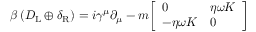
\beta \left( D _ { \mathrm { { L } } } \oplus \delta _ { \mathrm { { R } } } \right) = i \gamma ^ { \mu } \partial _ { \mu } - m { \left[ \begin{array} { l l } { 0 } & { \eta \omega K } \\ { - \eta \omega K } & { 0 } \end{array} \right] }